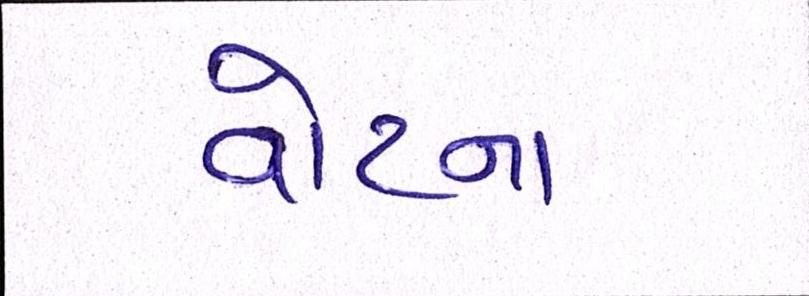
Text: વોટના